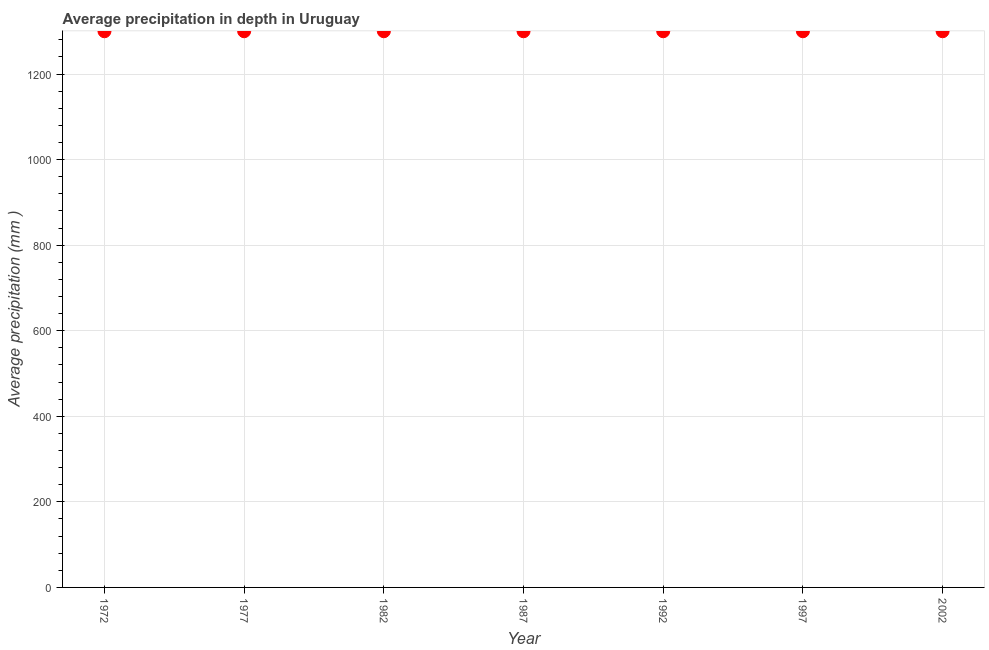
| Year | Average precipitation in depth |
 | --- | --- |
 | 1972 | 1.3e+03 |
 | 1977 | 1.3e+03 |
 | 1982 | 1.3e+03 |
 | 1987 | 1.3e+03 |
 | 1992 | 1.3e+03 |
 | 1997 | 1.3e+03 |
 | 2002 | 1.3e+03 |